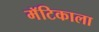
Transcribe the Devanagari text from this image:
मॅटिकाला